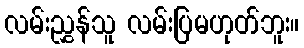
လမ်းညွှန်သူ လမ်းပြမဟုတ်ဘူး။